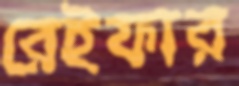
রেইফার